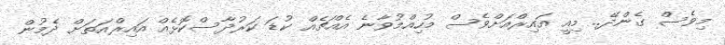
މިވެސް ގެންދޭ.. މިއީ އައިރްއަށްވެސް މުހިއްމުވާނެ އެއްޗެއް ކުޑަ ކަރުދާސްކޮޅެއް އައިރްއަތަށް ދެމުން